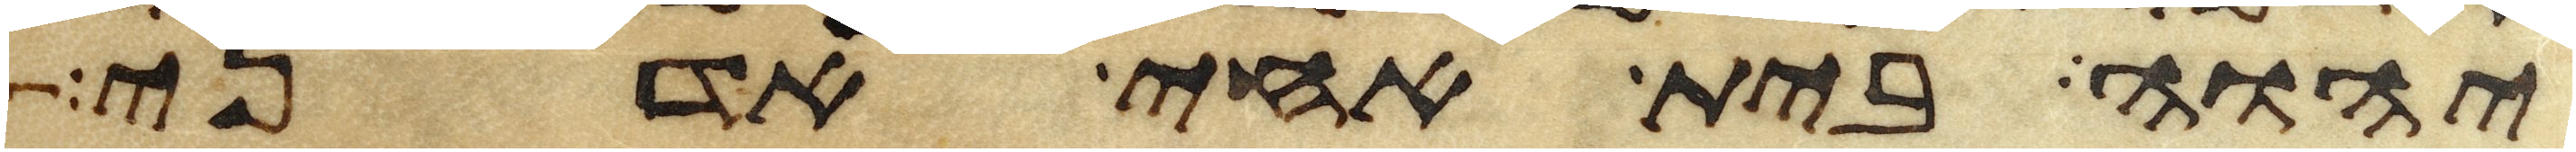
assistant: יהוה בית אחי אדני